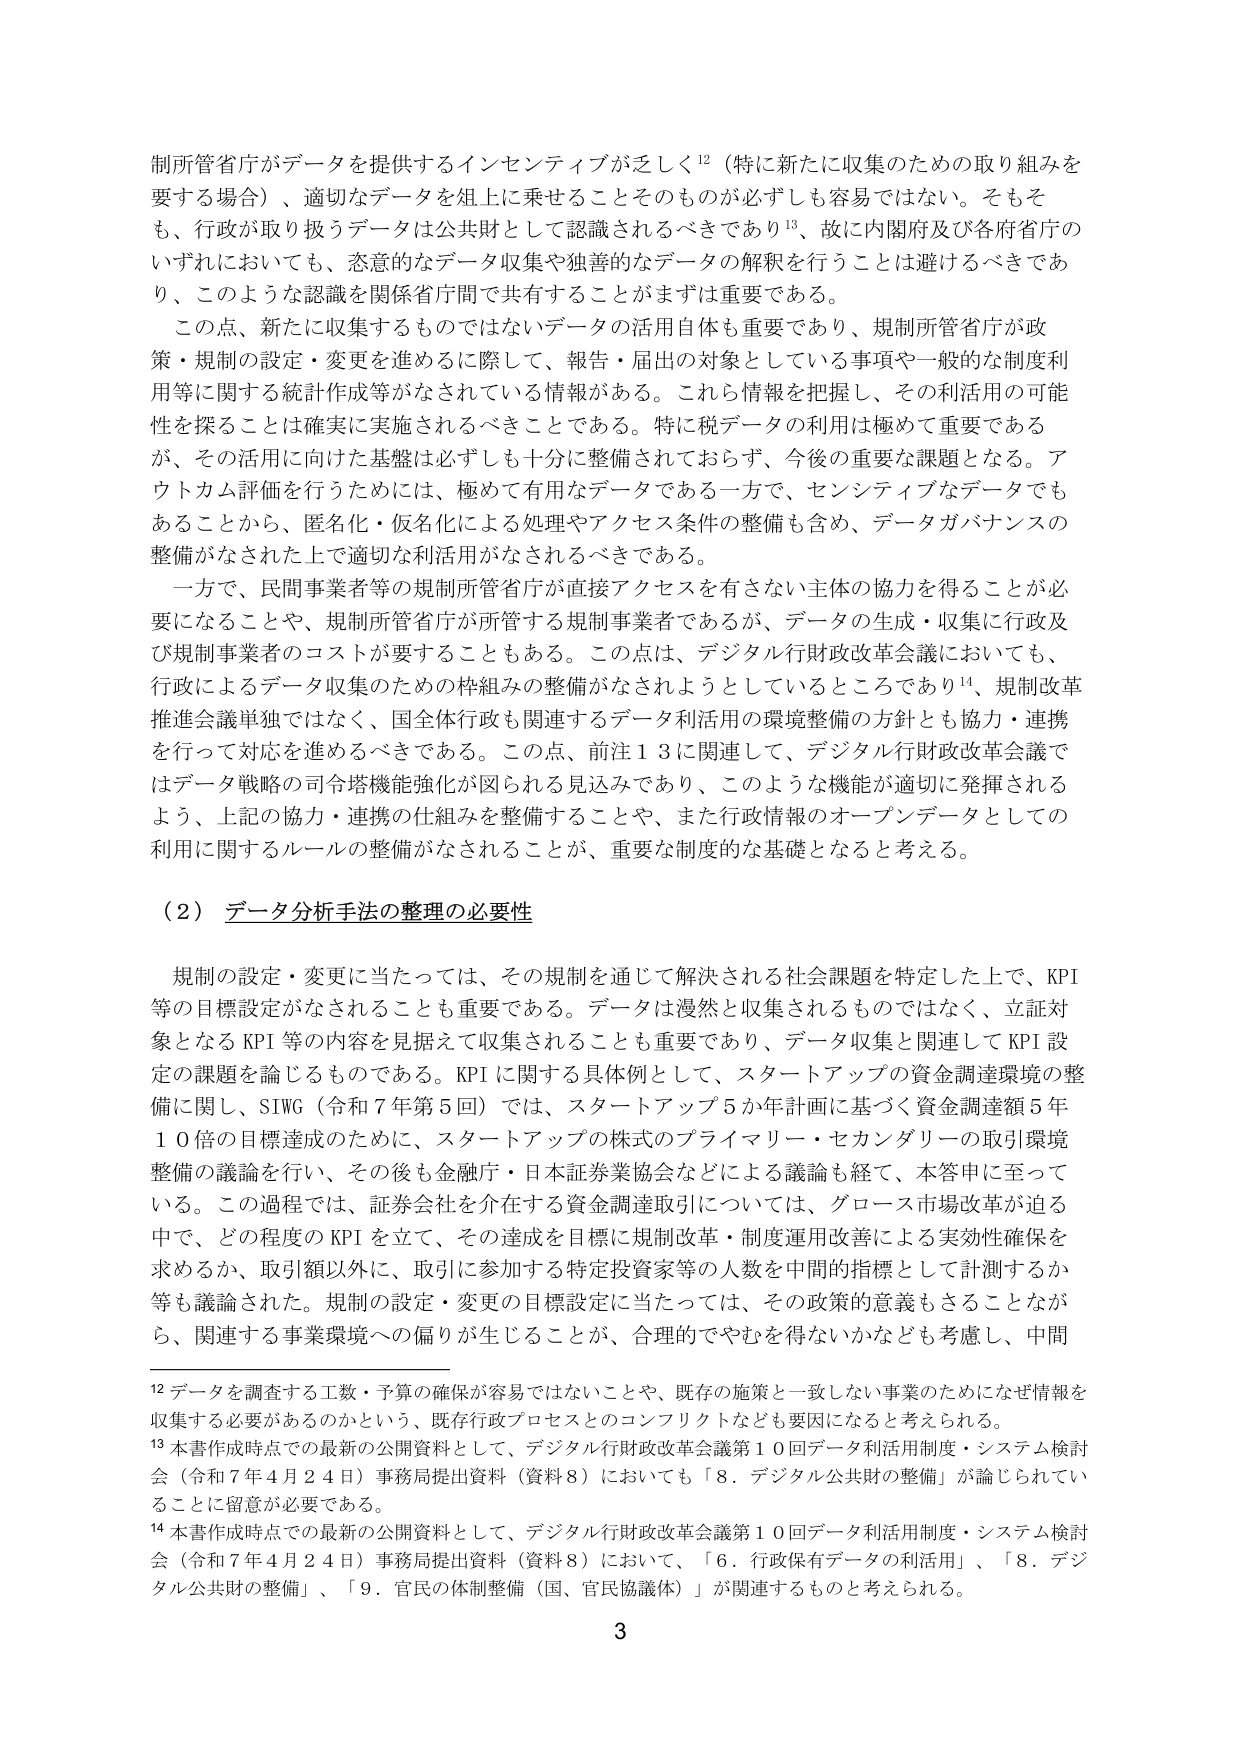
制所管省庁がデータを提供するインセンティブが乏しく¹²（特に新たに収集のための取り組みを要する場合）、適切なデータを組上に乗せることそのものが必ずしも容易ではない。そもそも、行政が取り扱うデータは公共財として認識されるべきであり¹³、故に内閣府及び各府省庁のいずれにおいても、恣意的なデータ収集や独善的なデータの解釈を行うことは避けるべきであり、このような認識を関係省庁間で共有することがまずは重要である。

この点、新たに収集するものではないデータの活用自体も重要であり、規制所管省庁が政策・規制の設定・変更を進めるに際して、報告・届出の対象としている事項や一般的な制度利用等に関する統計作成等がなされている情報がある。これら情報を把握し、その利活用の可能性を探ることは確実に実施されるべきことである。特に税データの利用は極めて重要であるが、その活用に向けた基盤は必ずしも十分に整備されておらず、今後の重要な課題となる。アウトカム評価を行うためには、極めて有用なデータである一方で、センシティブなデータでもあることから、匿名化・仮名化による処理やアクセス条件の整備も含め、データガバナンスの整備がなされた上で適切な利活用がなされるべきである。

一方で、民間事業者等の規制所管省庁が直接アクセスを有さない主体の協力を得ることが必要になることや、規制所管省庁が所管する規制事業者であるが、データの生成・収集に行政及び規制事業者のコストが要することもある。この点は、デジタル行財政改革会議においても、行政によるデータ収集のための枠組みの整備がなされようとしているところであり¹⁴、規制改革推進会議単独ではなく、国全体行政も関連するデータ利活用の環境整備の方針とも協力・連携を行って対応を進めるべきである。この点、前注１３に関連して、デジタル行財政改革会議ではデータ戦略の司令塔機能強化が図られる見込みであり、このような機能が適切に発揮されるよう、上記の協力・連携の仕組みを整備することや、また行政情報のオープンデータとしての利用に関するルールの整備がなされることが、重要な制度的な基礎となると考える。

（２）データ分析手法の整理の必要性

規制の設定・変更に当たっては、その規制を通じて解決される社会課題を特定した上で、KPI等の目標設定がなされることも重要である。データは漫然と収集されるものではなく、立証対象となるKPI等の内容を見据えて収集されることも重要であり、データ収集と関連してKPI設定の課題を論じるものである。KPIに関する具体例として、スタートアップの資金調達環境の整備に関し、SIWG（令和７年第５回）では、スタートアップ５か年計画に基づく資金調達額５年１０倍の目標達成のために、スタートアップの株式のプライマリー・セカンダリーの取引環境整備の議論を行い、その後も金融庁・日本証券業協会などによる議論も経て、本答申に至っている。この過程では、証券会社を介在する資金調達取引については、グロース市場改革が迫る中で、どの程度のKPIを立て、その達成を目標に規制改革・制度運用改善による実効性確保を求めるか、取引額以外に、取引に参加する特定投資家等の人数を中間的指標として計測するか等も議論された。規制の設定・変更の目標設定に当たっては、その政策的意義もさることながら、関連する事業環境への偏りが生じることが、合理的でやむを得ないかなども考慮し、中間

¹² データを調査する工数・予算の確保が容易ではないことや、既存の施策と一致しない事業のためになぜ情報を収集する必要があるのかという、既存行政プロセスとのコンフリクトなども要因になると考えられる。

¹³ 本著作成時点での最新の公開資料として、デジタル行財政改革会議第１０回データ利活用制度・システム検討会（令和７年４月２４日）事務局提出資料（資料８）においても「８．デジタル公共財の整備」が論じられていることに留意が必要である。

¹⁴ 本著作成時点での最新の公開資料として、デジタル行財政改革会議第１０回データ利活用制度・システム検討会（令和７年４月２４日）事務局提出資料（資料８）において、「６．行政保有データの利活用」、「８．デジタル公共財の整備」、「９．官民の体制整備（国、官民協議体）」が関連するものと考えられる。

3